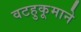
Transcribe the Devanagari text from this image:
वटहुकूमाने